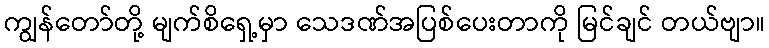
ကျွန်တော်တို့ မျက်စိရှေ့မှာ သေဒဏ်အပြစ်ပေးတာကို မြင်ချင် တယ်ဗျာ။